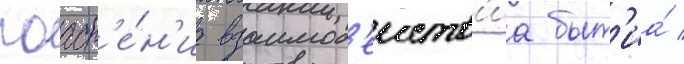
поасн'е́н'иа взаимод'еиств'иа быт'иа́ /